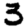
Digit: 3